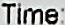
TIME: